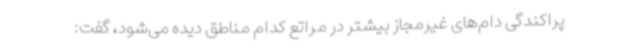
پراکندگی دام‌های غیرمجاز بیشتر در مراتع کدام مناطق دیده می‌شود، گفت: